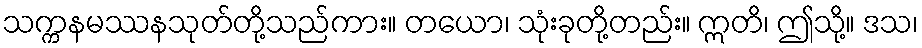
သက္ကနမဿနသုတ်တို့သည်ကား။ တယော၊ သုံးခုတို့တည်း။ ဣတိ၊ ဤသို့။ ဒသ၊